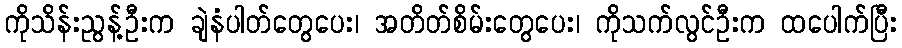
ကိုသိန်းညွန့်ဦးက ချဲနံပါတ်တွေပေး၊ အတိတ်စိမ်းတွေပေး၊ ကိုသက်လွင်ဦးက ထပေါက်ပြီး